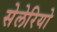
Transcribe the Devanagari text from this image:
सेलेरियो